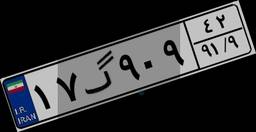
۱۷گ۹۰۹۴۲